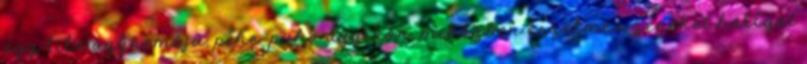
egy lila ágyneműjű, pihe-puha ágyikón, miközben érzelmes zenéket hallgat